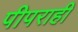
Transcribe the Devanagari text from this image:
पीपराही